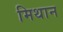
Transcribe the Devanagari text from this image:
मिथान